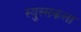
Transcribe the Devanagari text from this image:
स्युस्सकला